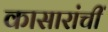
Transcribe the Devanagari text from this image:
कासारांचीं